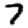
Digit: 7